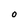
Character: O